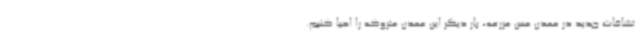
تشافات جدید در معدن مس مزرعه، بار دیگر این معدن متروکه را احیا کنیم.